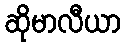
ဆိုမာလီယာ